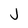
Character: J